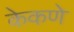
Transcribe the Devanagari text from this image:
केकणे